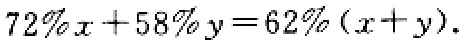
\(72\%x + 58\%y = 62\%(x + y)\)